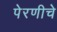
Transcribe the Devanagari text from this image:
पेरणीचे